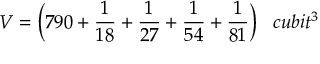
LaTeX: V = { \bigg ( } 7 9 0 + { \frac { 1 } { 1 8 } } + { \frac { 1 } { 2 7 } } + { \frac { 1 } { 5 4 } } + { \frac { 1 } { 8 1 } } { \bigg ) } \; \; \; c u b i t ^ { 3 }